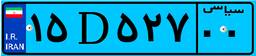
۱۴D۵۱۰۱۳